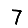
Digit: 7